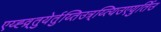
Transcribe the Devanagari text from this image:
एय्ह्व्र्तुयेर्तुय्तिउत्र्य्त्यिउएयुर्तिउ